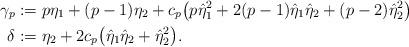
LaTeX: \begin{align*}\gamma_{p}&:=p \eta_{1} + (p-1)\eta_{2} + c_{p}\big(p\hat{\eta}_{1}^{2} + 2(p-1)\hat{\eta}_{1}\hat{\eta}_{2} + (p-2)\hat{\eta}_{2}^{2}\big)\\\delta&:=\eta_{2} + 2 c_{p}\big(\hat{\eta}_{1}\hat{\eta}_{2} + \hat{\eta}_{2}^{2}\big).\end{align*}